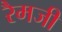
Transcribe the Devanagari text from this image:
रैमजी